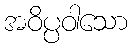
အဝိပ္ပဝါသော